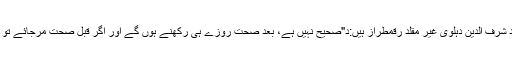
اور مسئلہ پر تعاقب کرتے ہوئے مولانا ابو سعید شرف الدین دہلوی غیر مقلد رقمطراز ہیں:د"صحیح نہیں ہے، بعد صحت روزے ہی رکھنے ہوں گے اور اگر قبل صحت مرجائے تو اس کا ولی اس کی طرف سے روزے رکھےد"۔